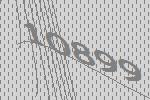
10899